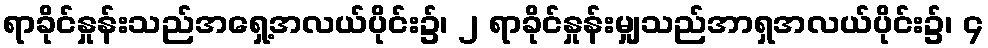
ရာခိုင်နှုန်းသည်အရှေ့အလယ်ပိုင်း၌၊ ၂ ရာခိုင်နှုန်းမျှသည်အာရှအလယ်ပိုင်း၌၊ ၄